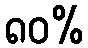
၈၀%